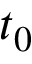
t _ { 0 }